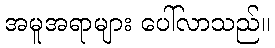
အမူအရာများ ပေါ်လာသည်။